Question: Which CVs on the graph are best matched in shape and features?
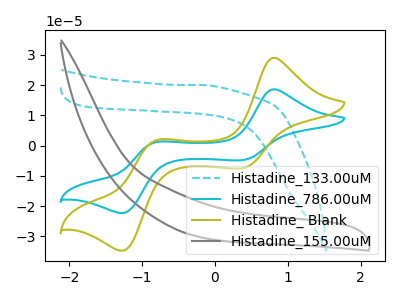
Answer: <think>The cyan dashed curve "Histadine_133.00uM" has no peaks. The cyan curve "Histadine_786.00uM" has anodic peaks at (0.80V, 18.60uA) (-0.80V, 1.20uA) and cathodic peaks at (0.40V, -4.80uA) (-1.30V, -22.25uA). The olive curve "Histadine_ Blank" has anodic peaks at (0.80V, 29.00uA) (-0.80V, 1.85uA) and cathodic peaks at (0.40V, -7.45uA) (-1.30V, -34.70uA). The gray curve "Histadine_155.00uM" has no peaks.
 "Histadine_133.00uM" and "Histadine_786.00uM" have a different number of peaks. "Histadine_133.00uM" and "Histadine_ Blank" have a different number of peaks. Neither "Histadine_133.00uM" or "Histadine_155.00uM" have any peaks. All the peaks in "Histadine_786.00uM" have a peak in "Histadine_ Blank" at the same potential. Every peak in "Histadine_786.00uM" is lower than every peak in "Histadine_ Blank". "Histadine_786.00uM" and "Histadine_155.00uM" have a different number of peaks. "Histadine_ Blank" and "Histadine_155.00uM" have a different number of peaks.</think>
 <answer>"Histadine_ Blank" and "Histadine_786.00uM" have the same shape and are likely CV's of the same chemical.</answer>
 <eval>"Histadine_ Blank" "Histadine_786.00uM"</eval>